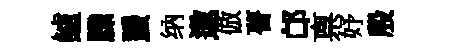
鱸縢蜑纳遨倣瞢邙禀妤殷